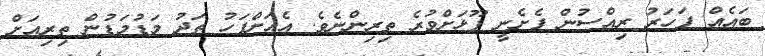
ބައެއް ފަހަރު ރިއްސުން ފެށެނީ ފޫޅަށްވުރެ ތިރިންނެވެ. އެއަށްފަހު ތަދު މަޑުމަޑުން ތިރިއަށް